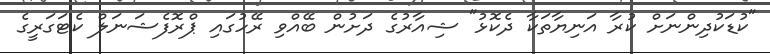
"ކުޑަކުދިންނަށް ކުރާ އަނިޔާތަކާ ދެކޮޅު" ޝިއާރުގެ ދަށުން ބޭއްވި ރޭހުގައި ޕްރޮފެޝަނަލް ކެޓަގަރީގެ